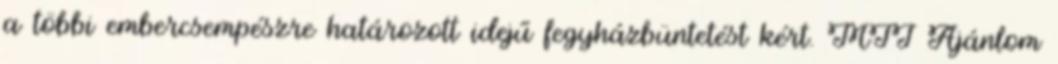
a többi embercsempészre határozott idejű fegyházbüntetést kért. MTI Ajánlom